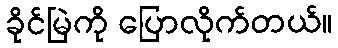
ခိုင်မြဲကို ပြောလိုက်တယ်။